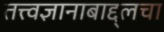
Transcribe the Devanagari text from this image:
तत्त्वज्ञानाबाद्द्लचा